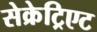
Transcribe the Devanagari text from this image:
सेक्रेट्रिएट